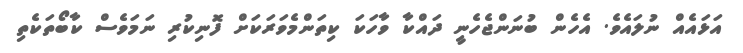
އަޅައެއް ނުލައެވެ. އެހެން ބުނަންޖެހެނީ ދައްކާ ވާހަކަ ކިތަންމެވަރަކަށް ފޮނިކުރި ނަމަވެސް ކާބޯތަކެތި